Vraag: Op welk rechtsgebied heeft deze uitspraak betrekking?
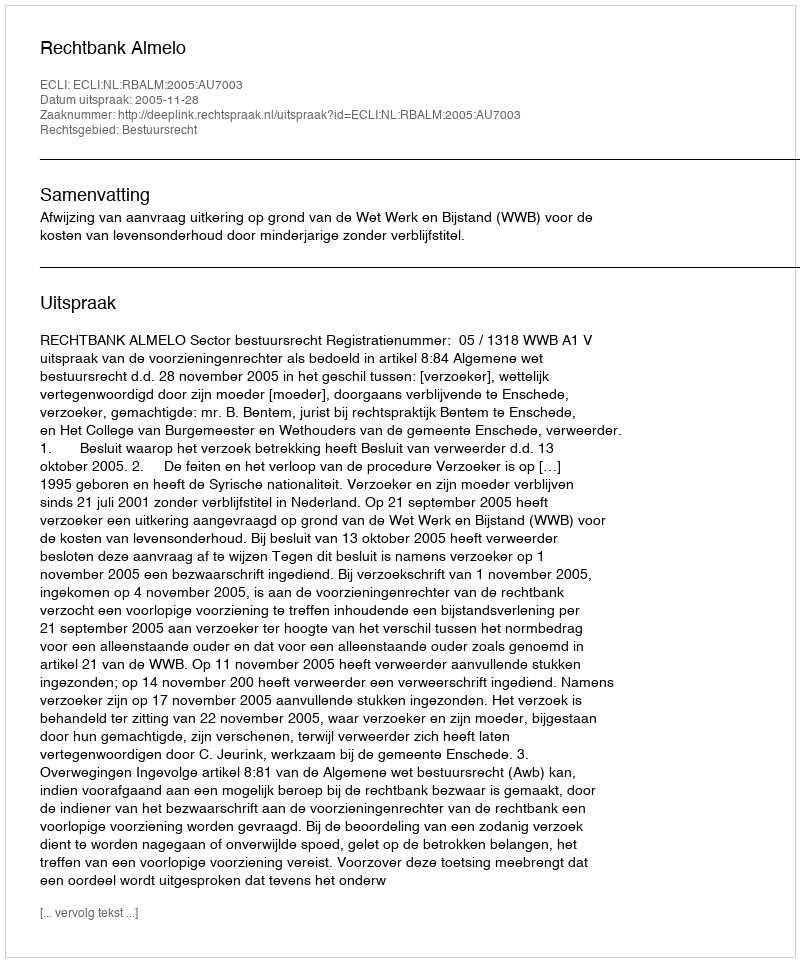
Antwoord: Bestuursrecht